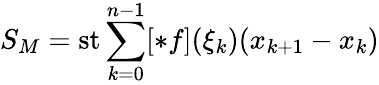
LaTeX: S_{M}=\operatorname{st}\sum_{k=0}^{n-1}[*f](\xi_{k})(x_{k+1}-x_{k})